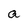
Character: a